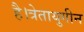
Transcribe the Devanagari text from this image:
है।त्रेतायुगीन